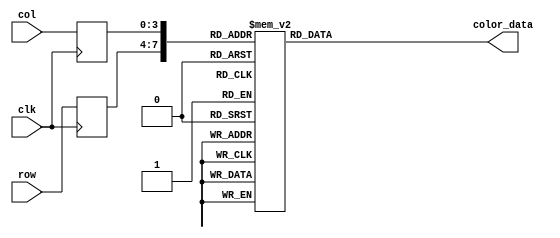
module ONE_rom (
		input wire clk,
		input wire [3:0] row,
		input wire [3:0] col,
		output reg [11:0] color_data
	);

	(* rom_style = "block" *)

	//signal declaration
	reg [3:0] row_reg;
	reg [3:0] col_reg;

	always @(posedge clk)
		begin
		row_reg <= row;
		col_reg <= col;
		end

	always @*
	case ({row_reg, col_reg})
		8'b00000000: color_data = 12'b110011001100;
		8'b00000001: color_data = 12'b110011001100;
		8'b00000010: color_data = 12'b110011001100;
		8'b00000011: color_data = 12'b110011001100;
		8'b00000100: color_data = 12'b110011001100;
		8'b00000101: color_data = 12'b110011001100;
		8'b00000110: color_data = 12'b110011001100;
		8'b00000111: color_data = 12'b110011001100;
		8'b00001000: color_data = 12'b110011001100;
		8'b00001001: color_data = 12'b110011001100;
		8'b00001010: color_data = 12'b110011001100;
		8'b00001011: color_data = 12'b110011001100;

		8'b00010000: color_data = 12'b110011001100;
		8'b00010001: color_data = 12'b110011001100;
		8'b00010010: color_data = 12'b110011001100;
		8'b00010011: color_data = 12'b110011001100;
		8'b00010100: color_data = 12'b101110111011;
		8'b00010101: color_data = 12'b001100110011;
		8'b00010110: color_data = 12'b000000000000;
		8'b00010111: color_data = 12'b010001000100;
		8'b00011000: color_data = 12'b110011001100;
		8'b00011001: color_data = 12'b110011001100;
		8'b00011010: color_data = 12'b110011001100;
		8'b00011011: color_data = 12'b110011001100;

		8'b00100000: color_data = 12'b110011001100;
		8'b00100001: color_data = 12'b110011001100;
		8'b00100010: color_data = 12'b110011001100;
		8'b00100011: color_data = 12'b100110011001;
		8'b00100100: color_data = 12'b000100010001;
		8'b00100101: color_data = 12'b000000000000;
		8'b00100110: color_data = 12'b000000000000;
		8'b00100111: color_data = 12'b010001000100;
		8'b00101000: color_data = 12'b110011001100;
		8'b00101001: color_data = 12'b110011001100;
		8'b00101010: color_data = 12'b110011001100;
		8'b00101011: color_data = 12'b110011001100;

		8'b00110000: color_data = 12'b110011001100;
		8'b00110001: color_data = 12'b110011001100;
		8'b00110010: color_data = 12'b011101110111;
		8'b00110011: color_data = 12'b000000000000;
		8'b00110100: color_data = 12'b000000000000;
		8'b00110101: color_data = 12'b000000000000;
		8'b00110110: color_data = 12'b000000000000;
		8'b00110111: color_data = 12'b010001000100;
		8'b00111000: color_data = 12'b110011001100;
		8'b00111001: color_data = 12'b110011001100;
		8'b00111010: color_data = 12'b110011001100;
		8'b00111011: color_data = 12'b110011001100;

		8'b01000000: color_data = 12'b110011001100;
		8'b01000001: color_data = 12'b011101110111;
		8'b01000010: color_data = 12'b000000000000;
		8'b01000011: color_data = 12'b000000000000;
		8'b01000100: color_data = 12'b010101010101;
		8'b01000101: color_data = 12'b000100010001;
		8'b01000110: color_data = 12'b000000000000;
		8'b01000111: color_data = 12'b010001000100;
		8'b01001000: color_data = 12'b110011001100;
		8'b01001001: color_data = 12'b110011001100;
		8'b01001010: color_data = 12'b110011001100;
		8'b01001011: color_data = 12'b110011001100;

		8'b01010000: color_data = 12'b110011001100;
		8'b01010001: color_data = 12'b101110111011;
		8'b01010010: color_data = 12'b001000100010;
		8'b01010011: color_data = 12'b011101110111;
		8'b01010100: color_data = 12'b110011001100;
		8'b01010101: color_data = 12'b001000100010;
		8'b01010110: color_data = 12'b000000000000;
		8'b01010111: color_data = 12'b010001000100;
		8'b01011000: color_data = 12'b110011001100;
		8'b01011001: color_data = 12'b110011001100;
		8'b01011010: color_data = 12'b110011001100;
		8'b01011011: color_data = 12'b110011001100;

		8'b01100000: color_data = 12'b110011001100;
		8'b01100001: color_data = 12'b110011001100;
		8'b01100010: color_data = 12'b101110111011;
		8'b01100011: color_data = 12'b110011001100;
		8'b01100100: color_data = 12'b110011001100;
		8'b01100101: color_data = 12'b001000100010;
		8'b01100110: color_data = 12'b000000000000;
		8'b01100111: color_data = 12'b010001000100;
		8'b01101000: color_data = 12'b110011001100;
		8'b01101001: color_data = 12'b110011001100;
		8'b01101010: color_data = 12'b110011001100;
		8'b01101011: color_data = 12'b110011001100;

		8'b01110000: color_data = 12'b110011001100;
		8'b01110001: color_data = 12'b110011001100;
		8'b01110010: color_data = 12'b110011001100;
		8'b01110011: color_data = 12'b110011001100;
		8'b01110100: color_data = 12'b110011001100;
		8'b01110101: color_data = 12'b001000100010;
		8'b01110110: color_data = 12'b000000000000;
		8'b01110111: color_data = 12'b010001000100;
		8'b01111000: color_data = 12'b110011001100;
		8'b01111001: color_data = 12'b110011001100;
		8'b01111010: color_data = 12'b110011001100;
		8'b01111011: color_data = 12'b110011001100;

		8'b10000000: color_data = 12'b110011001100;
		8'b10000001: color_data = 12'b110011001100;
		8'b10000010: color_data = 12'b110011001100;
		8'b10000011: color_data = 12'b110011001100;
		8'b10000100: color_data = 12'b110011001100;
		8'b10000101: color_data = 12'b001000100010;
		8'b10000110: color_data = 12'b000000000000;
		8'b10000111: color_data = 12'b010001000100;
		8'b10001000: color_data = 12'b110011001100;
		8'b10001001: color_data = 12'b110011001100;
		8'b10001010: color_data = 12'b110011001100;
		8'b10001011: color_data = 12'b110011001100;

		8'b10010000: color_data = 12'b110011001100;
		8'b10010001: color_data = 12'b110011001100;
		8'b10010010: color_data = 12'b110011001100;
		8'b10010011: color_data = 12'b110011001100;
		8'b10010100: color_data = 12'b110011001100;
		8'b10010101: color_data = 12'b001000100010;
		8'b10010110: color_data = 12'b000000000000;
		8'b10010111: color_data = 12'b010001000100;
		8'b10011000: color_data = 12'b110011001100;
		8'b10011001: color_data = 12'b110011001100;
		8'b10011010: color_data = 12'b110011001100;
		8'b10011011: color_data = 12'b110011001100;

		8'b10100000: color_data = 12'b110011001100;
		8'b10100001: color_data = 12'b110011001100;
		8'b10100010: color_data = 12'b110011001100;
		8'b10100011: color_data = 12'b110011001100;
		8'b10100100: color_data = 12'b110011001100;
		8'b10100101: color_data = 12'b001000100010;
		8'b10100110: color_data = 12'b000000000000;
		8'b10100111: color_data = 12'b010001000100;
		8'b10101000: color_data = 12'b110011001100;
		8'b10101001: color_data = 12'b110011001100;
		8'b10101010: color_data = 12'b110011001100;
		8'b10101011: color_data = 12'b110011001100;

		8'b10110000: color_data = 12'b110011001100;
		8'b10110001: color_data = 12'b110011001100;
		8'b10110010: color_data = 12'b110011001100;
		8'b10110011: color_data = 12'b110011001100;
		8'b10110100: color_data = 12'b110011001100;
		8'b10110101: color_data = 12'b001000100010;
		8'b10110110: color_data = 12'b000000000000;
		8'b10110111: color_data = 12'b010001000100;
		8'b10111000: color_data = 12'b110011001100;
		8'b10111001: color_data = 12'b110011001100;
		8'b10111010: color_data = 12'b110011001100;
		8'b10111011: color_data = 12'b110011001100;

		8'b11000000: color_data = 12'b110011001100;
		8'b11000001: color_data = 12'b110011001100;
		8'b11000010: color_data = 12'b100110011001;
		8'b11000011: color_data = 12'b100110011001;
		8'b11000100: color_data = 12'b100110011001;
		8'b11000101: color_data = 12'b000100010001;
		8'b11000110: color_data = 12'b000000000000;
		8'b11000111: color_data = 12'b001100110011;
		8'b11001000: color_data = 12'b100110011001;
		8'b11001001: color_data = 12'b100110011001;
		8'b11001010: color_data = 12'b101010101010;
		8'b11001011: color_data = 12'b110011001100;

		8'b11010000: color_data = 12'b110011001100;
		8'b11010001: color_data = 12'b110011001100;
		8'b11010010: color_data = 12'b000100010001;
		8'b11010011: color_data = 12'b000000000000;
		8'b11010100: color_data = 12'b000000000000;
		8'b11010101: color_data = 12'b000000000000;
		8'b11010110: color_data = 12'b000000000000;
		8'b11010111: color_data = 12'b000000000000;
		8'b11011000: color_data = 12'b000000000000;
		8'b11011001: color_data = 12'b000000000000;
		8'b11011010: color_data = 12'b010001000100;
		8'b11011011: color_data = 12'b110011001100;

		8'b11100000: color_data = 12'b110011001100;
		8'b11100001: color_data = 12'b110011001100;
		8'b11100010: color_data = 12'b000100010001;
		8'b11100011: color_data = 12'b000000000000;
		8'b11100100: color_data = 12'b000000000000;
		8'b11100101: color_data = 12'b000000000000;
		8'b11100110: color_data = 12'b000000000000;
		8'b11100111: color_data = 12'b000000000000;
		8'b11101000: color_data = 12'b000000000000;
		8'b11101001: color_data = 12'b000000000000;
		8'b11101010: color_data = 12'b010001000100;
		8'b11101011: color_data = 12'b110011001100;

		8'b11110000: color_data = 12'b110011001100;
		8'b11110001: color_data = 12'b110011001100;
		8'b11110010: color_data = 12'b110011001100;
		8'b11110011: color_data = 12'b110011001100;
		8'b11110100: color_data = 12'b110011001100;
		8'b11110101: color_data = 12'b110011001100;
		8'b11110110: color_data = 12'b110011001100;
		8'b11110111: color_data = 12'b110011001100;
		8'b11111000: color_data = 12'b110011001100;
		8'b11111001: color_data = 12'b110011001100;
		8'b11111010: color_data = 12'b110011001100;
		8'b11111011: color_data = 12'b110011001100;

		default: color_data = 12'b000000000000;
	endcase
endmodule